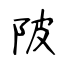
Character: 陂